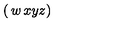
\left( \begin{matrix} { w } & { x } \\ { y } & { z } \\ \end{matrix} \right)